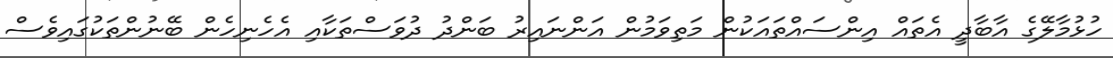
ހުޅުމާލޭގެ އާބާދީ އެތައް އިންސައްތައަކުން މަތިވަމުން އަންނައިރު ބަންދު ދުވަސްތަކާއި އެހެނިހެން ބޭނުންތަކުގައިވެސް